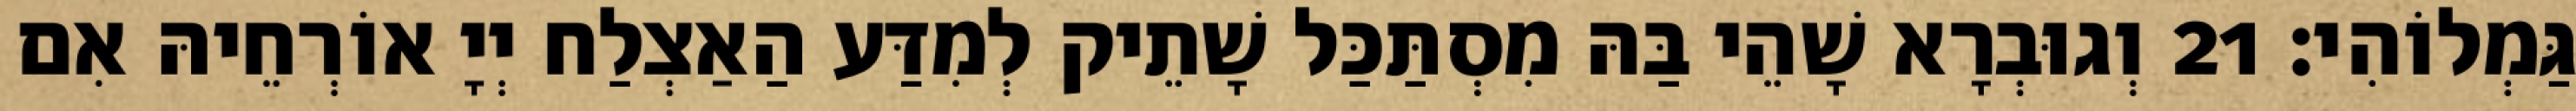
גַּמְלוֹהִי׃ 21 וְגוּבְרָא שָׁהֵי בַּהּ מִסְתַּכַּל שָׁתֵיק לְמִדַּע הַאַצְלַח יְיָ אוֹרְחֵיהּ אִם